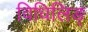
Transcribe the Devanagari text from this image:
विधिलिङ्